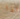
اذا